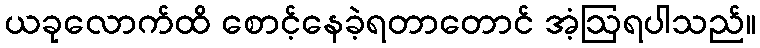
ယခုလောက်ထိ စောင့်နေခဲ့ရတာတောင် အံ့ဩရပါသည်။